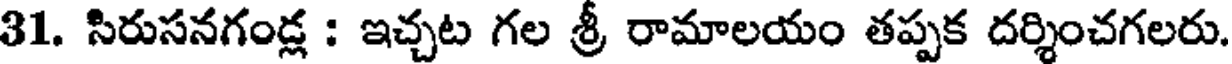
31. సిరుసనగండ్ల : ఇచ్చట గల శ్రీ రామాలయం తప్పక దర్శించగలరు.